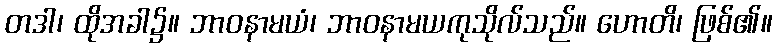
တဒါ၊ ထိုအခါ၌။ ဘာဝနာမယံ၊ ဘာဝနာမယကုသိုလ်သည်။ ဟောတိ၊ ဖြစ်၏။